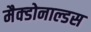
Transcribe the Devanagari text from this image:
मैक्डोनाल्डस